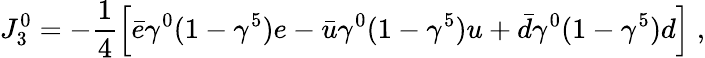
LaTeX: J_{3}^{0}=-\frac{1}{4}\left[\bar{e}\gamma^{0}(1-\gamma^{5})e-\bar{u}\gamma^{0}(1-\gamma^{5})u+\bar{d}\gamma^{0}(1-\gamma^{5})d\right]\; ,